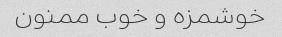
خوشمزه و خوب ممنون